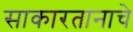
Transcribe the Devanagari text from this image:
साकारतानाचे